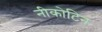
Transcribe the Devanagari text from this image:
नीकोटिन